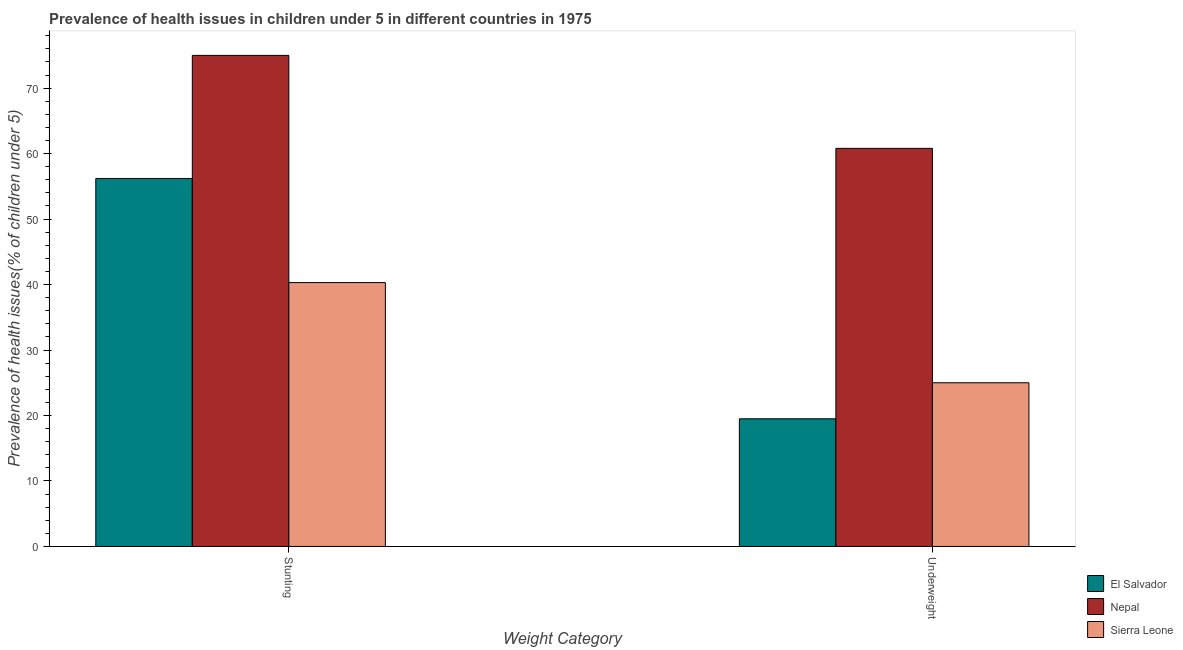
| Weight Category | El Salvador | Nepal | Sierra Leone |
 | --- | --- | --- | --- |
 | Stunting | 56.2 | 75 | 40.3 |
 | Underweight | 19.5 | 60.8 | 25 |